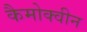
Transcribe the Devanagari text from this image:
कैमोक्वीन